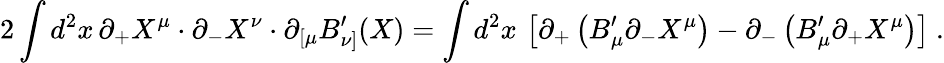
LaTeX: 2\int d^{2}x\, \partial_{+}X^{\mu}\cdot\partial_{-}X^{\nu}\cdot\partial_{[\mu}B_{\nu]}^{\prime}(X)=\int d^{2}x\, \left[\partial_{+}\left(B_{\mu}^{\prime}\partial_{-}X^{\mu}\right)-\partial_{-}\left(B_{\mu}^{\prime}\partial_{+}X^{\mu}\right)\right]\ .